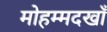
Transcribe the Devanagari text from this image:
मोहम्मदखाँ